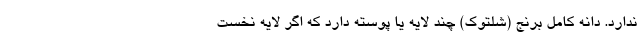
ندارد. دانه کامل برنج (شلتوک) چند لایه یا پوسته دارد که اگر لایه نخست